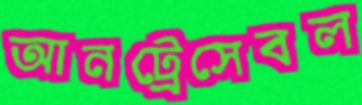
আনট্রেসেবল